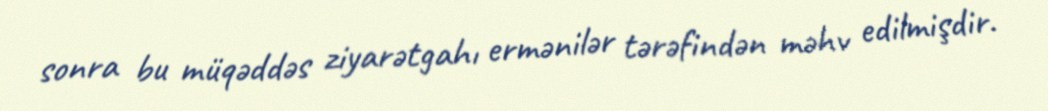
sonra bu müqəddəs ziyarətgahı ermənilər tərəfindən məhv edilmişdir.